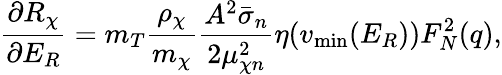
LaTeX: \frac{\partial R_{\chi}}{\partial E_{R}}=m_{T}\frac{\rho_{\chi}}{m_{\chi}}\frac{A^{2}\bar{\sigma}_{n}}{2\mu_{\chi n}^{2}}\eta(v_{\mathrm{min}}(E_{R}))F_{N}^{2}(q),